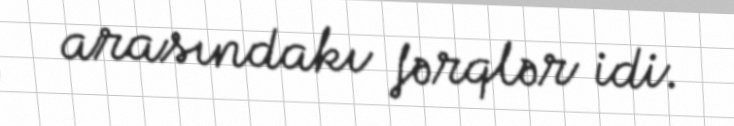
arasındakı fərqlər idi.